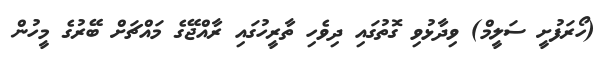
(ހޯރަފުށީ ސަލީމް) ވިދާޅުވި ގޮތުގައި ދިވެހި ތާރީހުގައި ރާއްޖޭގެ މައްޗަށް ބޭރުގެ މީހުން